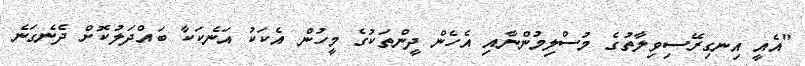
"އެއީ އިނގިރޭސިވިލާތުގެ މުސްލިމުންނާއި އެހެން ދީންތަކުގެ މީހުން އެކަކު އަނެކަކާ ބައްދަލުކޮށް ދެނެގަނެ